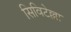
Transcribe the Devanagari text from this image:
सिविटेल्ला